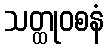
သတ္ထုဝစနံ